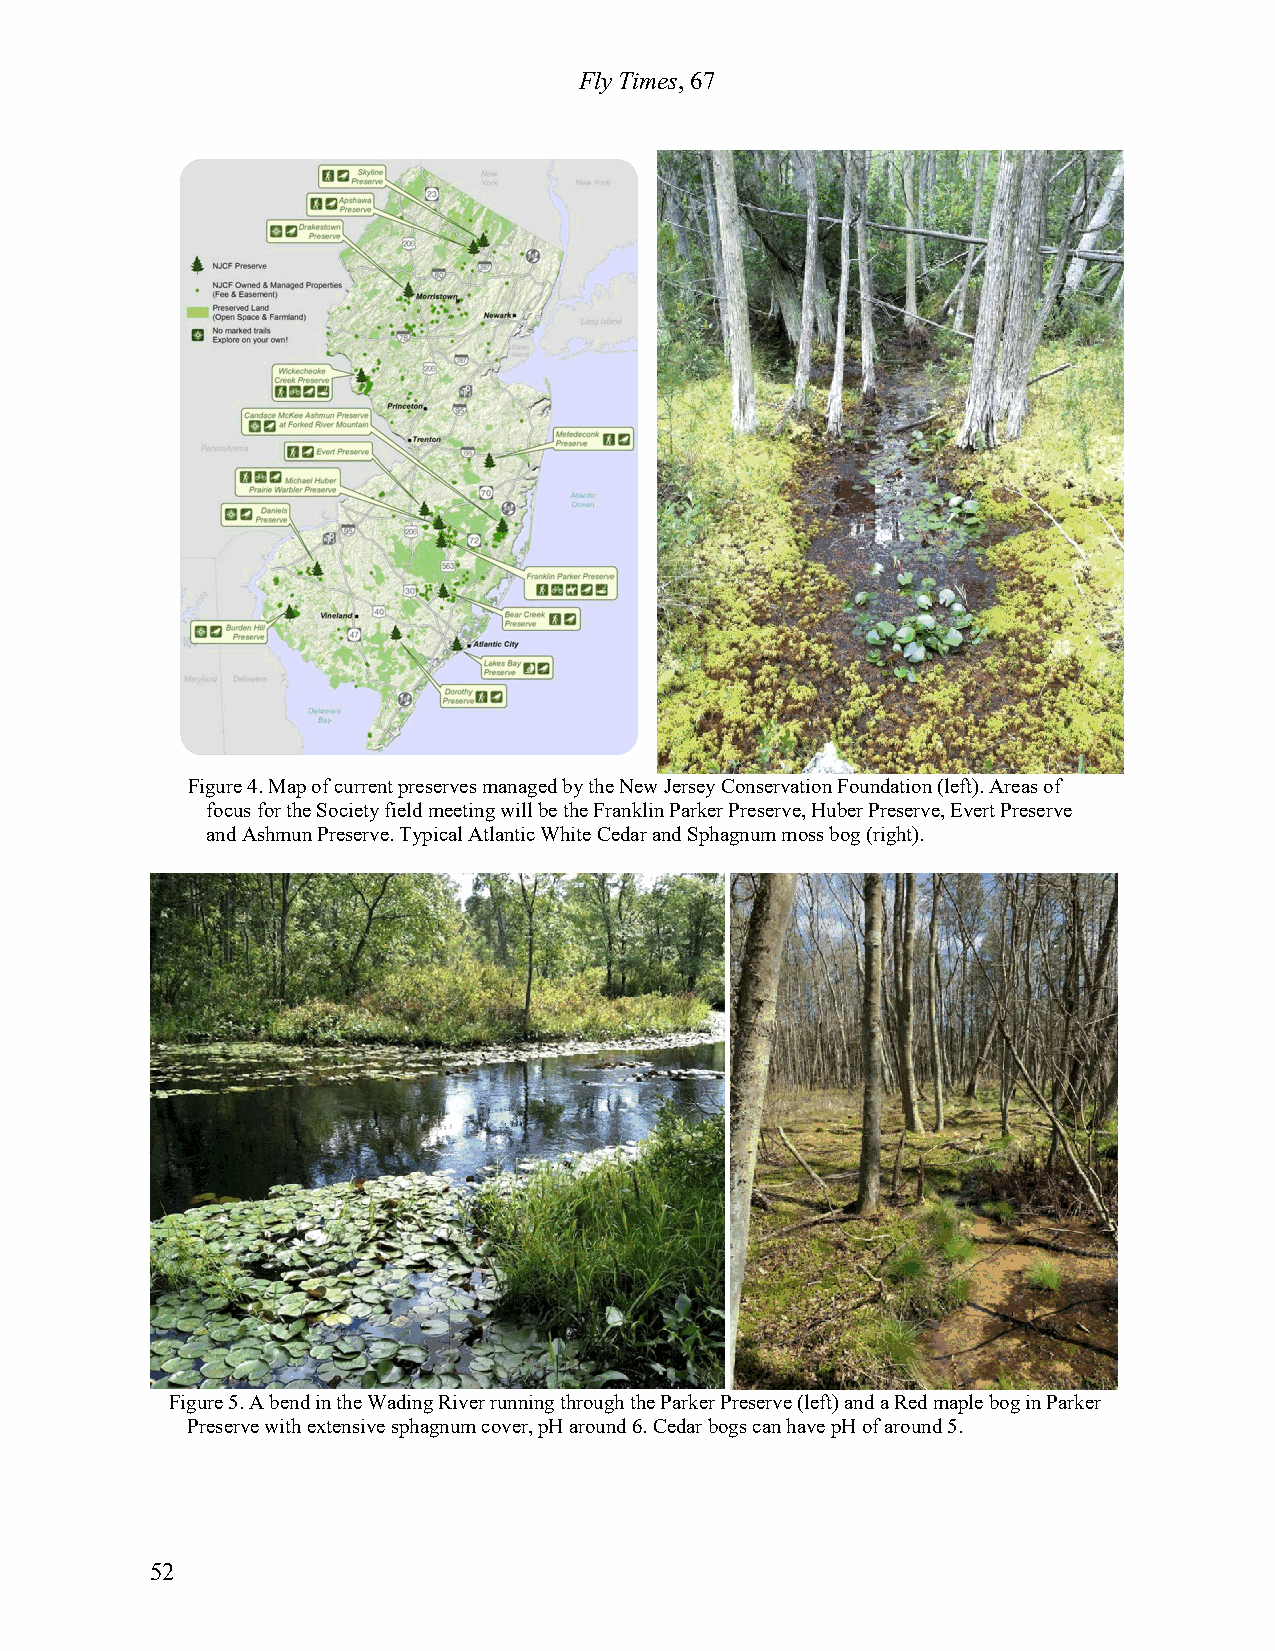
Fly Times, 67
 Figure 4. Map of current preserves managed by the New Jersey Conservation Foundation (left). Areas of
 focus for the Society field meeting will be the Franklin Parker Preserve, Huber Preserve, Evert Preserve
 and Ashmun Preserve. Typical Atlantic White Cedar and Sphagnum moss bog (right).
 Figure 5. A bend in the Wading River running through the Parker Preserve (left) and a Red maple bog in Parker
 Preserve with extensive sphagnum cover, pH around 6. Cedar bogs can have pH of around 5.
 52